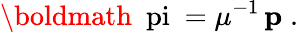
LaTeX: \mathrm{\boldmath~\ pi~}=\mu^{-1}\, {\mathbf p}\; .